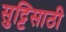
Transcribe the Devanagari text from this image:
सुट्टिसाठी